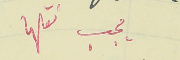
يجب نقلها